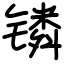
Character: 𬭸